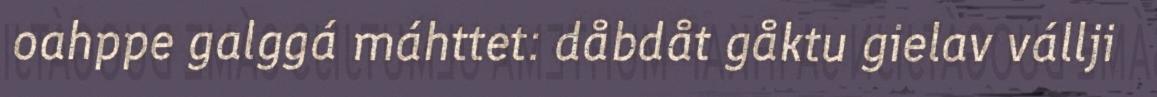
oahppe galggá máhttet: dåbdåt gåktu gielav vállji